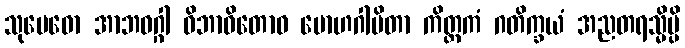
သုမေဓော အာဘဝဂ္ဂါ ဝိဘာဝိတောဝ မောဟဂါမိတာ ကိတ္တကံ ဂတိက္ခယံ အညတရသ္မိမ္ပိ